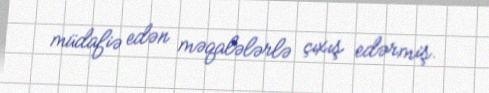
müdafiə edən məqalələrlə çıxış edərmiş.